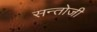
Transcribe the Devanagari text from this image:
सन्तोजी